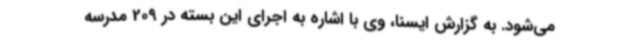
می‌شود. به گزارش ایسنا، وی با اشاره به اجرای این بسته در 209 مدرسه